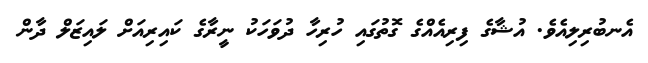
އެނބުރިލިއެވެ. އުޝާގެ ފިރިއެއްގެ ގޮތުގައި ހުރިހާ ދުވަހަކު ނީރާގެ ކައިރިއަށް ލައިޒަލް ދާން